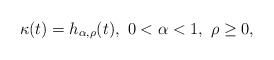
\begin{align*}\kappa(t) =h_{\alpha,\rho}(t),\ 0<\alpha <1,\ \rho\ge 0,\end{align*}